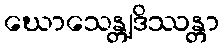
ဃောသေန္တျဒိဿန္တာ